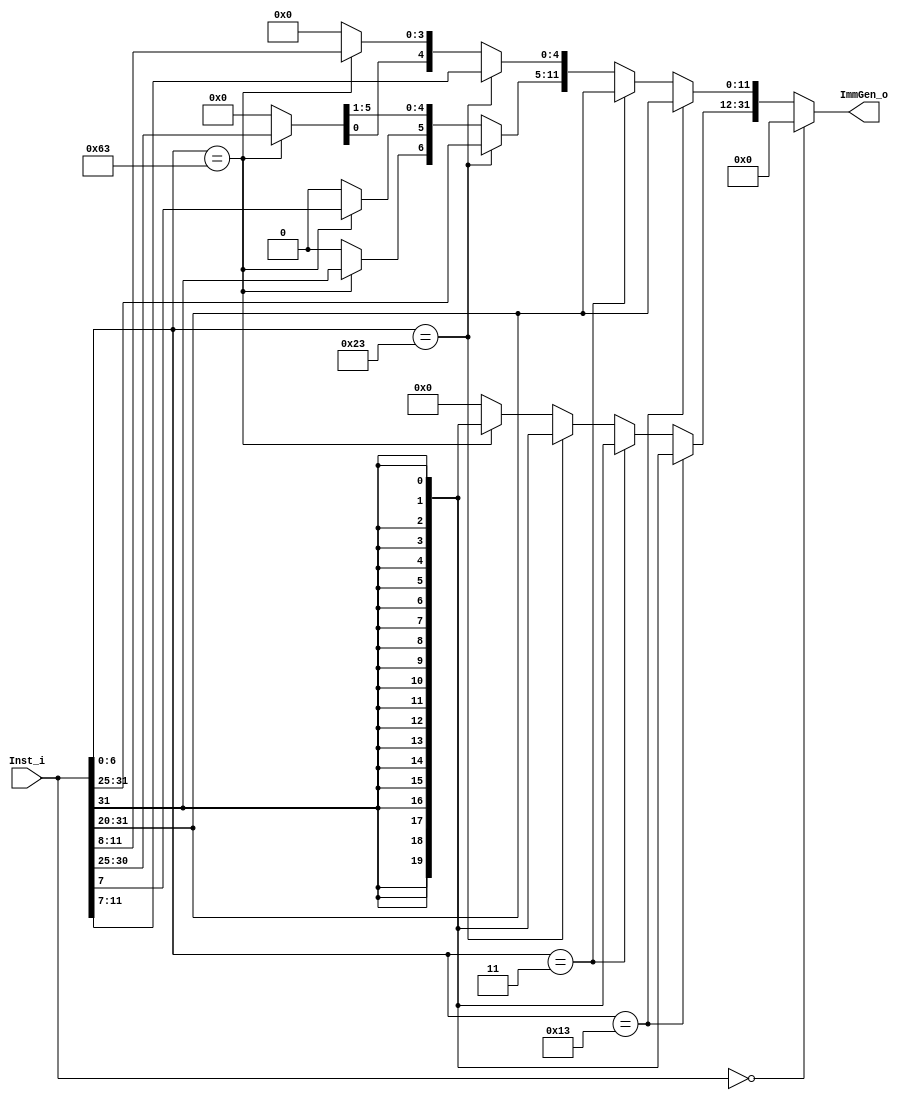
module ImmGen(
    input [31:0] Inst_i,
    output reg [31:0] ImmGen_o
);

always @(*) begin
    if (Inst_i == 32'b0) begin
        ImmGen_o = 32'b0;
    end else if (Inst_i[6:0] == 7'b0010011) begin
        ImmGen_o[31:12] = {20{Inst_i[31]}};
        ImmGen_o[11:0] = Inst_i[31:20];
    end else if (Inst_i[6:0] == 7'b0000011) begin
        ImmGen_o[31:12] = {20{Inst_i[31]}};
        ImmGen_o[11:0] = Inst_i[31:20];
    end else if (Inst_i[6:0] == 7'b0100011) begin
        ImmGen_o[31:12] = {20{Inst_i[31]}};
        ImmGen_o[11:5] = Inst_i[31:25];
        ImmGen_o[4:0] = Inst_i[11:7];
    end else if (Inst_i[6:0] == 7'b1100011) begin
        ImmGen_o[31:12] = {20{Inst_i[31]}};
        ImmGen_o[11] = Inst_i[31];
        ImmGen_o[10] = Inst_i[7];
        ImmGen_o[9:4] = Inst_i[30:25];
        ImmGen_o[3:0] = Inst_i[11:8];
    end else begin
        ImmGen_o = 32'b0;
    end
end
endmodule